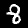
Label: 8